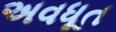
અવધૂત